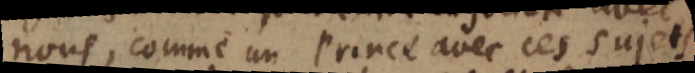
nous, comme un Prince avec ses sujets,